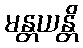
မန္တယန္တိ